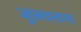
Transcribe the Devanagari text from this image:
जुळवताना